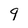
Character: 9